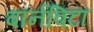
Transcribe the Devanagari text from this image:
बॉर्नविटा